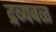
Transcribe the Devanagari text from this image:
द्रव्यबळ